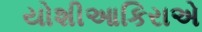
યોશીઆકિરાએ